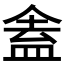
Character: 𬾾